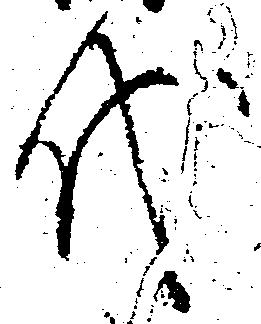
代